Indian journal of veterinary science and animal husbandry - Volumes 15-17, 1948-1951
Year: 1948
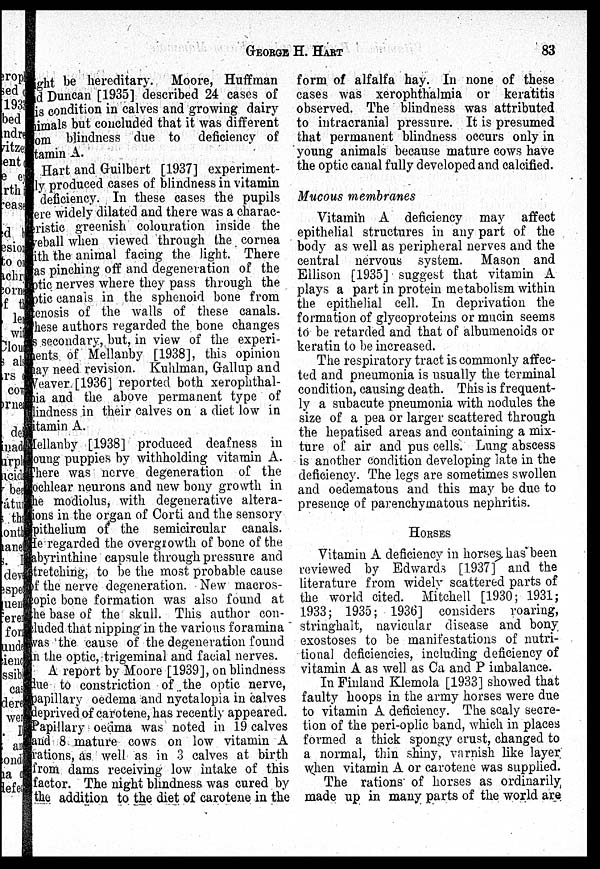
GEORGE
H.
HART
83
ight be hereditary. Moore, Huffman
and Duncan [1935] described 24 cases of
is condition in calves and growing dairy
animals but concluded that it was different
from blindness due to deficiency of
vitamin A.
Hart and Guilbert [1937] experiment-
ly produced cases of blindness in vitamin
deficiency. In these cases the pupils
were widely dilated and there was a charac-
teristic greenish colouration inside the
eyeball when viewed through the cornea
with the animal facing the light. There
was pinching off and degeneration of the
ptic nerves where they pass through the
ptic canals in the sphenoid bone from
tenosis of the walls of these canals.
These authors regarded the bone changes
s secondary, but, in view of the experi-
ments of Mellanby [1938], this opinion
ay need revision. Kuhlman, Gallup and
Weaver [1936] reported both xerophthal-
-ia and the above permanent type of
blindness in their calves on a diet low in
vitamin A.
Mellanby [1938] produced deafness in
young puppies by withholding vitamin A.
There was nerve degeneration of the
ochlear neurons and new bony growth in
the modiolus, with degenerative altera-
tions in the organ of Corti and the sensory
epithelium of the semicircular canals.
He regarded the overgrowth of bone of the
abyrinthine capsule through pressure and
stretching, to be the most probable cause
of the nerve degeneration. New macros-
copic bone formation was also found at
the base of the skull. This author con-
cluded that nipping in the various foramina
was the cause of the degeneration found
in the optic, trigeminal and facial nerves.
A report by Moore [1939], on blindness
due to constriction of the optic nerve,
papillary oedema and nyctalopia in calves
deprived of carotene, has recently appeared.
Papillary oedma was noted in 19 calves
and 8 mature cows on low vitamin A
rations, as well as in 3 calves at birth
from dams receiving low intake of this
factor. The night blindness was cured by
the addition to the diet of carotene in the
form of alfalfa hay. In none of these
cases was xerophthalmia or keratitis
observed. The blindness was attributed
to intracranial pressure. It is presumed
that permanent blindness occurs only in
young animals because mature cows have
the optic canal fully developed and calcified.
Mucous membranes
Vitamin A deficiency may affect
epithelial structures in any part of the
body as well as peripheral nerves and the
central nervous system. Mason and
Ellison [1935] suggest that vitamin A
plays a part in protein metabolism within
the epithelial cell. In deprivation the
formation of glycoproteins or mucin seems
to be retarded and that of albumenoids or
keratin to be increased.
The respiratory tract is commonly affec-
ted and pneumonia is usually the terminal
condition, causing death. This is frequent-
ly a subacute pneumonia with nodules the
size of a pea or larger scattered through
the hepatised areas and containing a mix-
ture of air and pus cells. Lung abscess
is another condition developing late in the
deficiency. The legs are sometimes swollen
and oedematous and this may be due to
presence of parenchymatous nephritis.
HORSES
Vitamin A deficiency in horses has been
reviewed by Edwards [1937] and the
literature from widely scattered parts of
the world cited. Mitchell [1930; 1931;
1933; 1935; 1936] considers roaring,
stringhalt, navicular disease and bony
exostoses to be manifestations of nutri-
tional deficiencies, including deficiency of
vitamin A as well as Ca and P imbalance.
In Finland Klemola [1933] showed that
faulty hoops in the army horses were due
to vitamin A deficiency. The scaly secre-
tion of the peri-oplic band, which in places
formed a thick spongy crust, changed to
a normal, thin shiny, varnish like layer
when vitamin A or carotene was supplied.
The rations of horses as ordinarily
made up in many parts of the world are